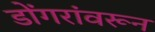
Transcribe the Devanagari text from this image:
डोंगरांवरून